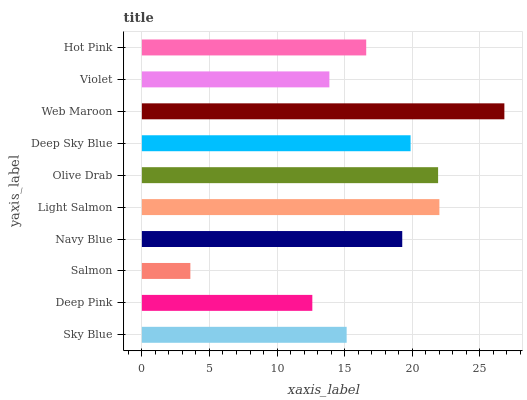
| yaxis_label | bars |
 | --- | --- |
 | Sky Blue | 15.2 |
 | Deep Pink | 12.6 |
 | Salmon | 3.59 |
 | Navy Blue | 19.3 |
 | Light Salmon | 22 |
 | Olive Drab | 21.9 |
 | Deep Sky Blue | 19.9 |
 | Web Maroon | 26.8 |
 | Violet | 13.9 |
 | Hot Pink | 16.6 |